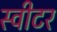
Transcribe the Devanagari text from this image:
स्वीटर